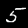
Digit: 5